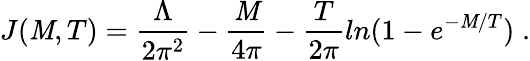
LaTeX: J(\mathit{M},T)=\frac{{\Lambda}}{{2\pi^{2}}}-\frac{{\mathit{M}}}{{4\pi}}-\frac{{T}}{{2\pi}}ln(1-e^{-\mathit{M}/T})\; .